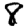
Digit: 8